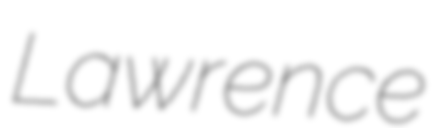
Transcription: Lawrence